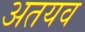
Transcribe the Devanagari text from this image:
अतयव